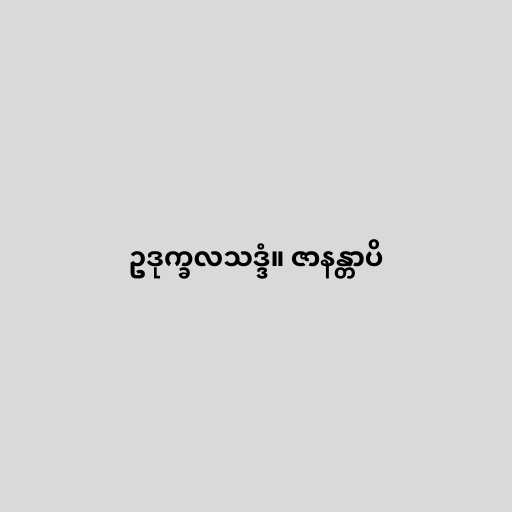
ဥဒုက္ခလသဒ္ဒံ။ ဇာနန္တာပိ